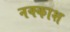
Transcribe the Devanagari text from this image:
नक्‍काश